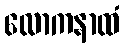
လောကနာထံ